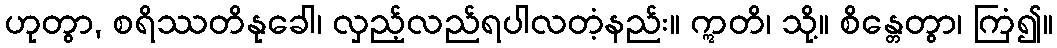
ဟုတွာ, စရိဿတိနုခေါ၊ လှည့်လည်ရပါလတံ့နည်း။ ဣတိ၊ သို့။ စိန္တေတွာ၊ ကြံ၍။